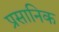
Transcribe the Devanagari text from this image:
प्रसानिक